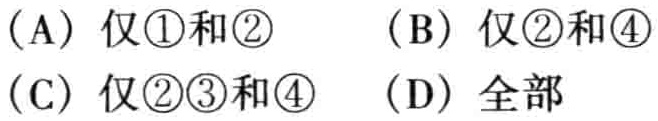
（A）仅\textcircled{1}和\textcircled{2} （B）仅\textcircled{2}和\textcircled{4} （C）仅\textcircled{2}\textcircled{3}和\textcircled{4} （D）全部